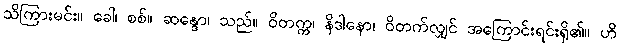
သိကြားမင်း။ ခေါ၊ စစ်။ ဆန္ဒော၊ သည်။ ဝိတက္က၊ နိဒါနော၊ ဝိတက်လျှင် အကြောင်းရင်းရှိ၏။ ဟိ